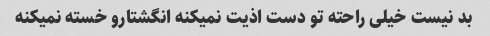
بد نیست خیلی راحته تو دست اذیت نمیکنه انگشتارو خسته نمیکنه